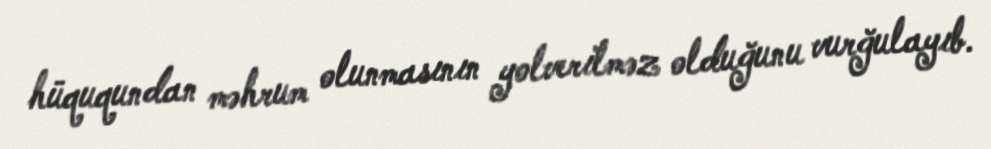
hüququndan məhrum olunmasının yolverilməz olduğunu vurğulayıb.